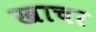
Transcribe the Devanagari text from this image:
खाचर